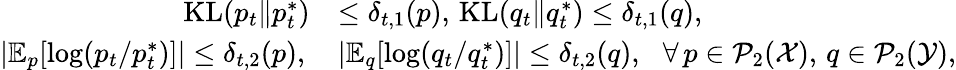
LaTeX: \begin{array}{rl}{\mathrm{KL}(p_{t}\| p_{t}^{*})}&{\leq\delta_{t,1}(p),\, \mathrm{KL}(q_{t}\| q_{t}^{*})\leq\delta_{t,1}(q),}\\ {\left|\mathbb{E}_{p}[\log(p_{t}/p_{t}^{*})]\right|\leq\delta_{t,2}(p),\, }&{\left|\mathbb{E}_{q}[\log(q_{t}/q_{t}^{*})]\right|\leq\delta_{t,2}(q),\, \, \, \, \forall\, p\in\mathcal{P}_{2}(\mathcal{X}),\, q\in\mathcal{P}_{2}(\mathcal{Y}),}\end{array}